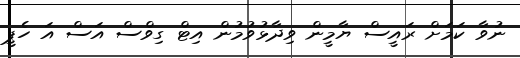
ނުވާ ކަމަށް ރައީސް ޔާމީން ވިދާޅުވުމުން އިޓް ގިވްސް އަސް އަ ހެޕީ